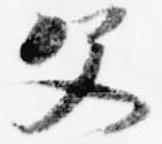
父